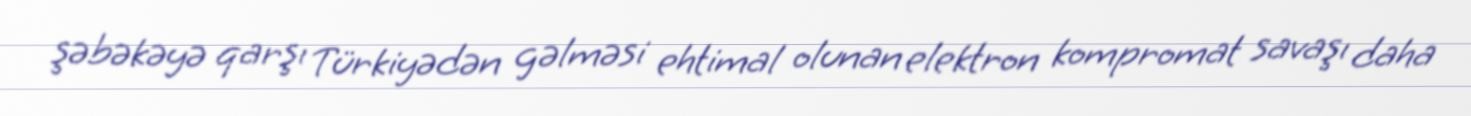
şəbəkəyə qarşı Türkiyədən gəlməsi ehtimal olunan elektron kompromat savaşı daha